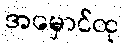
အမှောင်ထု